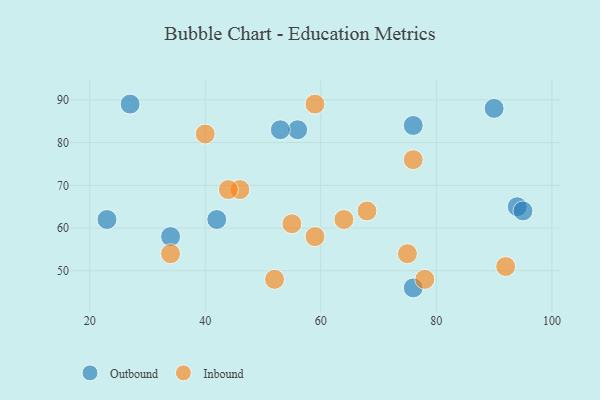
{"axis": {"x": "GDP", "y": "Life Expectancy"}, "legend": ["Inbound", "Outbound"], "data": [{"x": "56", "y": 83, "type": "Outbound"}, {"x": "34", "y": 58, "type": "Outbound"}, {"x": "27", "y": 89, "type": "Outbound"}, {"x": "94", "y": 65, "type": "Outbound"}, {"x": "53", "y": 83, "type": "Outbound"}, {"x": "95", "y": 64, "type": "Outbound"}, {"x": "90", "y": 88, "type": "Outbound"}, {"x": "76", "y": 84, "type": "Outbound"}, {"x": "23", "y": 62, "type": "Outbound"}, {"x": "76", "y": 46, "type": "Outbound"}, {"x": "42", "y": 62, "type": "Outbound"}, {"x": "75", "y": 54, "type": "Inbound"}, {"x": "55", "y": 61, "type": "Inbound"}, {"x": "59", "y": 89, "type": "Inbound"}, {"x": "68", "y": 64, "type": "Inbound"}, {"x": "78", "y": 48, "type": "Inbound"}, {"x": "46", "y": 69, "type": "Inbound"}, {"x": "59", "y": 58, "type": "Inbound"}, {"x": "44", "y": 69, "type": "Inbound"}, {"x": "76", "y": 76, "type": "Inbound"}, {"x": "34", "y": 54, "type": "Inbound"}, {"x": "92", "y": 51, "type": "Inbound"}, {"x": "40", "y": 82, "type": "Inbound"}, {"x": "64", "y": 62, "type": "Inbound"}, {"x": "52", "y": 48, "type": "Inbound"}]}